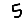
Digit: 5